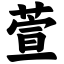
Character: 萱